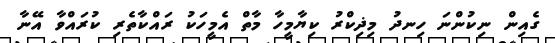
ގެއިން ނިކުންނަ ހިނދު މިޛިކްރު ކިޔާމީހާ މާތް އެމީހަކު ރައްކާތެރި ކުރައްވާ އޭނާ